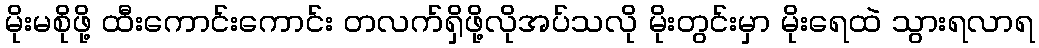
မိုးမစိုဖို့ ထီးကောင်းကောင်း တလက်ရှိဖို့လိုအပ်သလို မိုးတွင်းမှာ မိုးရေထဲ သွားရလာရ